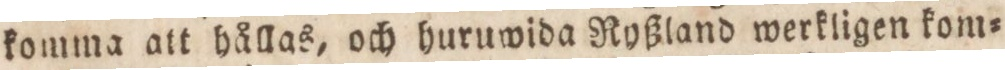
komma att hållas, och huruwida Ryßland werkligen kom=